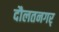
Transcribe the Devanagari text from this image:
दौलतनगर्